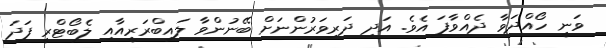
ވަނީ ހޯއްދަވާ ދެއްވާފަ އެވެ. އަދި ދަރިވަރުންނަށް ބޭނުންވާ ލައިބްރަރީއާއި ލެބޯޓްރީ ފަދަ